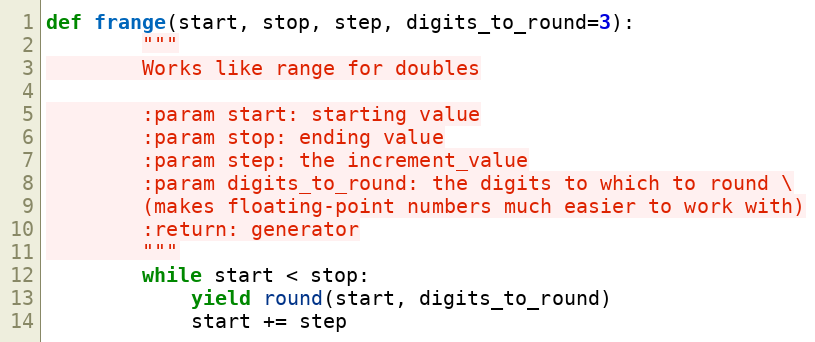
Language: Python
def frange(start, stop, step, digits_to_round=3):
        """
        Works like range for doubles

        :param start: starting value
        :param stop: ending value
        :param step: the increment_value
        :param digits_to_round: the digits to which to round \
        (makes floating-point numbers much easier to work with)
        :return: generator
        """
        while start < stop:
            yield round(start, digits_to_round)
            start += step